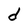
Character: d